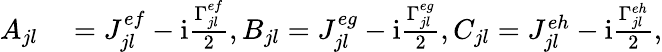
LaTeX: \begin{array}{rl}{A_{jl}}&{{}=J_{jl}^{ef}-\mathrm{i}\frac{\Gamma_{jl}^{ef}}{2},B_{jl}=J_{jl}^{eg}-\mathrm{i}\frac{\Gamma_{jl}^{eg}}{2},C_{jl}=J_{jl}^{eh}-\mathrm{i}\frac{\Gamma_{jl}^{eh}}{2},}\end{array}